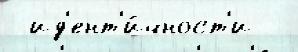
 ид'ент'и́чност'и